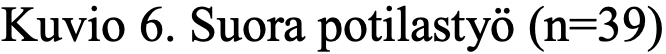
Kuvio 6. Suora potilastyö (n=39)